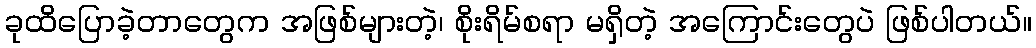
ခုထိပြောခဲ့တာတွေက အဖြစ်များတဲ့၊ စိုးရိမ်စရာ မရှိတဲ့ အကြောင်းတွေပဲ ဖြစ်ပါတယ်။